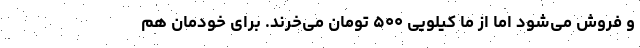
و فروش می‌شود اما از ما کیلویی ۵۰۰ تومان می‌خرند. برای خودمان هم